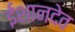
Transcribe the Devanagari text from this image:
ईशानदेव